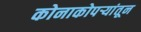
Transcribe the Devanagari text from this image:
कोनाकोपर्‍यांतून